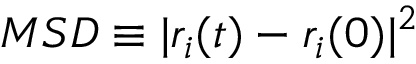
M S D \equiv | r _ { i } ( t ) - r _ { i } ( 0 ) | ^ { 2 }